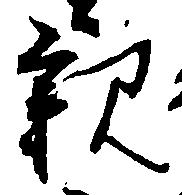
親